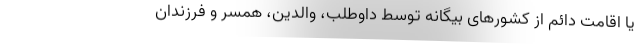
یا اقامت دائم از کشورهای بیگانه توسط داوطلب، والدین، همسر و فرزندان